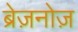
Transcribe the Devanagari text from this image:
ब्रेज़नोज़